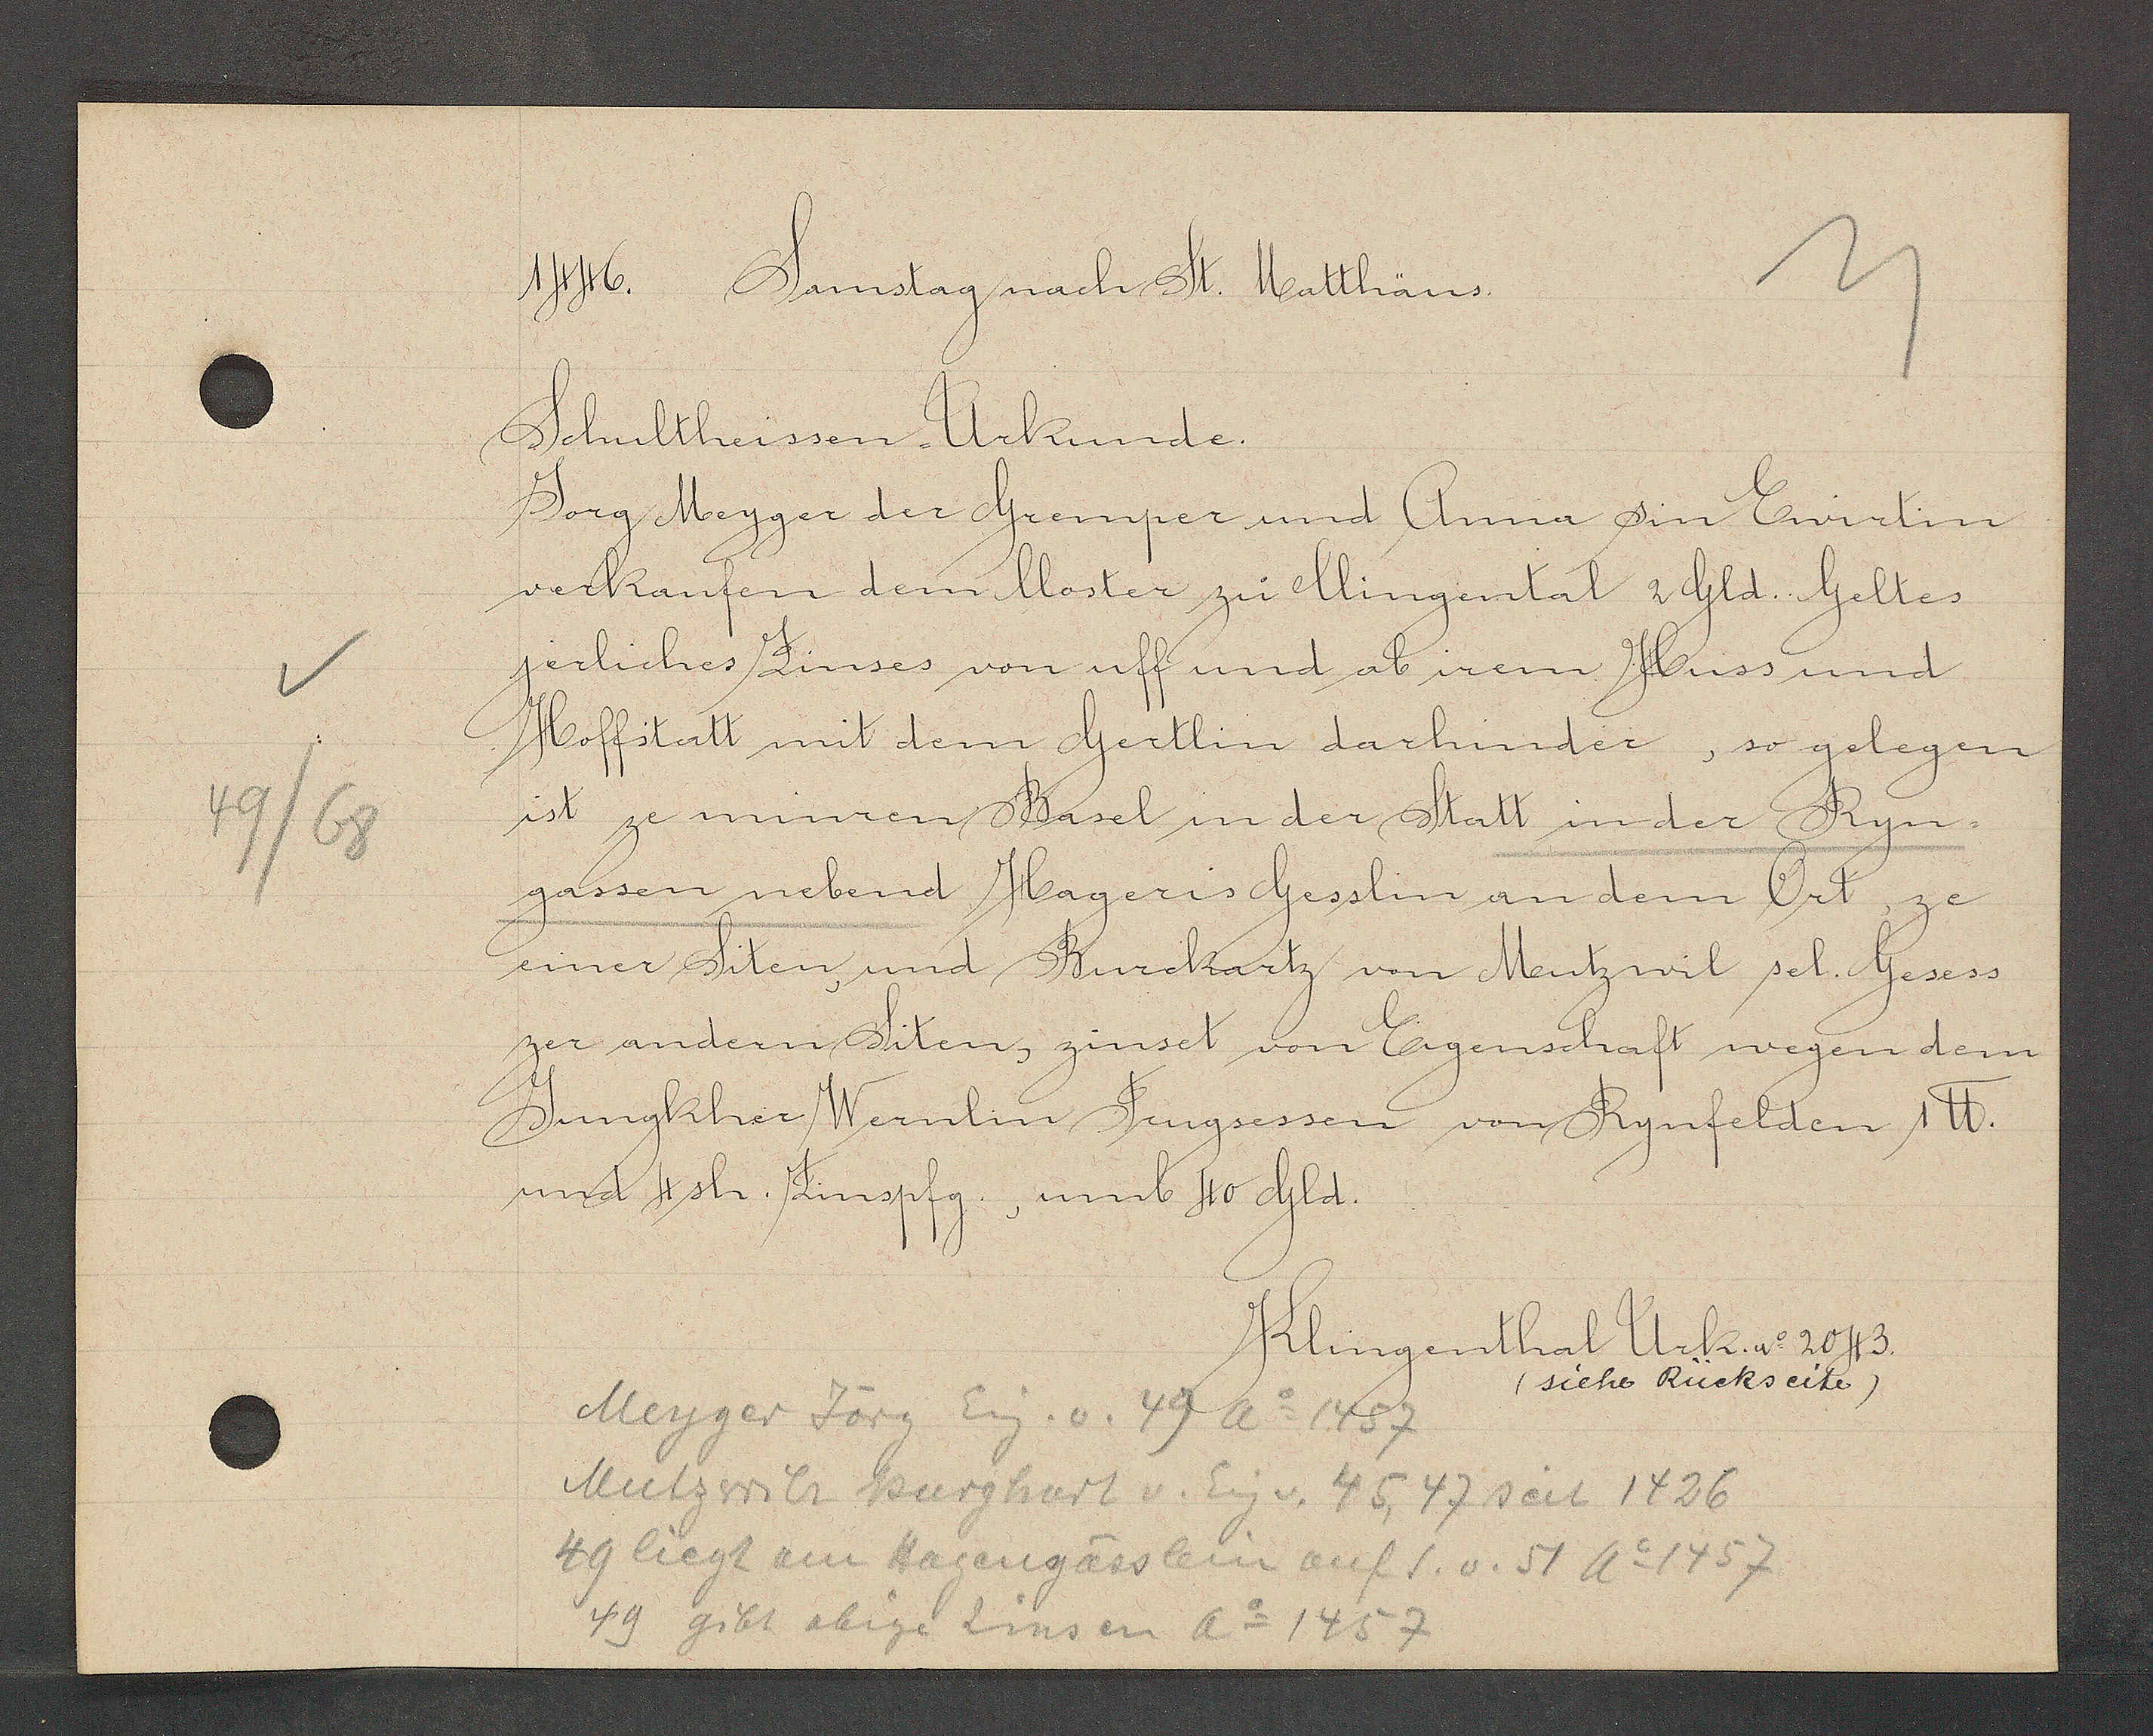
Transcript:
49/68

1446. Samstag nach St. Matthäus.

Schultheissen Urkunde.
Jorg Meyger der Gremper und Anna sin Ewirtin
vekaufen dem Moster zu Mingental 2Gld. Geltes
jerliches Zinses von uff und ab irem Huss und
Hoffstatt mit dem Gertlin darhinder, so gelegen
ist ze minren Basel in der Statt in der Ryn-
gassen nebend Hageris Gesslin an dem Ort, ze
einer Siten und Burckartz von Mentzwit sel. Gesess
zer andern Siten, zinset von Eigenschaft wegen dem
Jungkher Wernlin Trugsessen von Rynfelden 1℔.
und 4sh. Zinspfg, umb 40 Gld.

Klingenthal Urk. ao 2043.
(siehe Rückseite)

Meyger Jörg Eig. v. 49 Ao 1457
Mutzwils Burghart v. Eig v. 45, 47 seit 1426
49 licht am Hagengasslein auf S.v.51 Ao 1457
49 gibt obige Zinsen Ao 1457